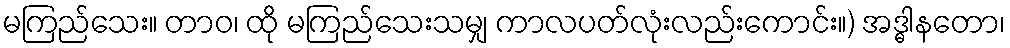
မကြည်သေး။ တာဝ၊ ထို မကြည်သေးသမျှ ကာလပတ်လုံးလည်းကောင်း။) အဒ္ဓါနတော၊